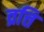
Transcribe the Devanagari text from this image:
व्रत्ति